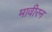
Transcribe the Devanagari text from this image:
मावीरन